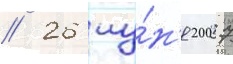
// 26 иу́н'я 2007